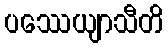
ပဿေယျာသီတိ